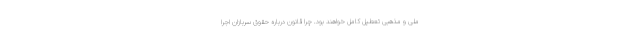
ملی و مذهبی تعطیل کامل خواهند بود. چرا قانون درباره حقوق سربازان اجرا